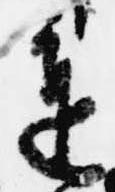
進